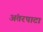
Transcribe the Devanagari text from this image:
अंतरपाटा